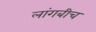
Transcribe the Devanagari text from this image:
लांगबीच